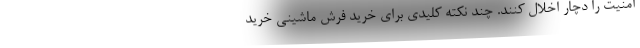
امنیت را دچار اخلال کنند. چند نکته کلیدی برای خرید فرش ماشینی خرید